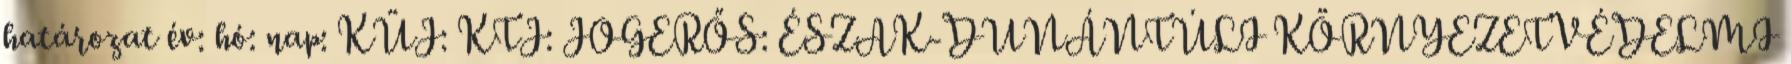
határozat év: hó: nap: KÜJ: KTJ: JOGERŐS: ÉSZAK-DUNÁNTÚLI KÖRNYEZETVÉDELMI